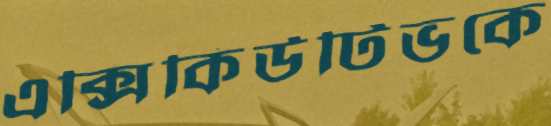
এক্সিকিউটিভকে